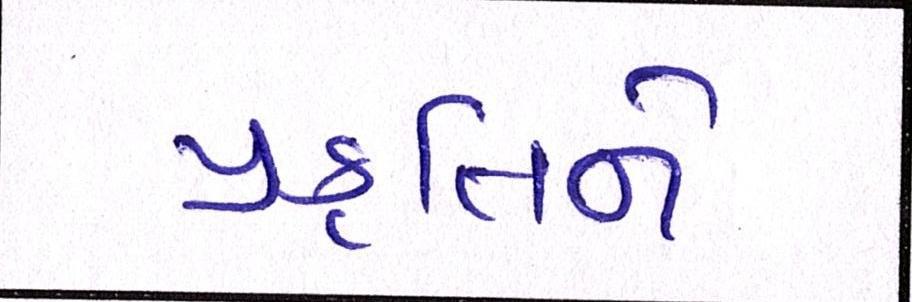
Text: પ્રકૃતિને